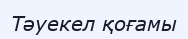
Тәуекел қоғамы